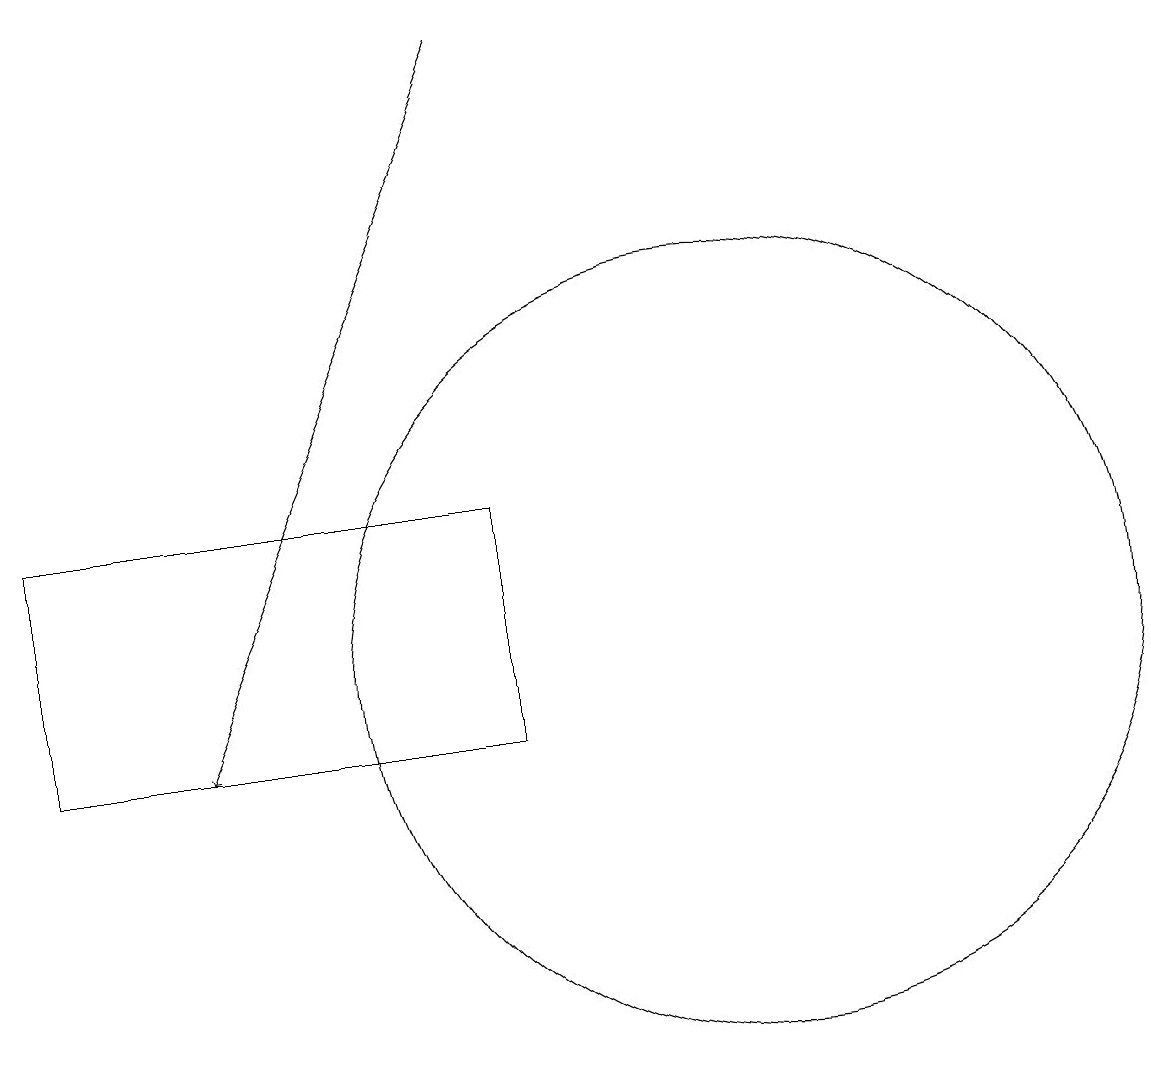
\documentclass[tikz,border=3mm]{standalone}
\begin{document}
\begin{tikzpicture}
\draw (1,13) rectangle (7,10);
\draw (5,13) rectangle (3,13);
\draw[->] (7,19) -- (3,10);
\draw (10,11) circle (5);
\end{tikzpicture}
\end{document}